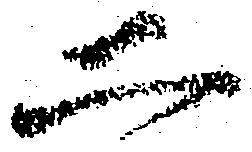
二